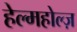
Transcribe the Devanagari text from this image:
हेल्महोल्ज़